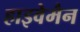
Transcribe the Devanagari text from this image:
हाइवेमैन